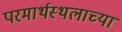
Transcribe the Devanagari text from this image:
परमार्थस्थलाच्या